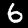
Digit: 6